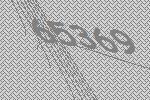
65369